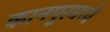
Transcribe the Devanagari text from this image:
कानपूरमध्ये